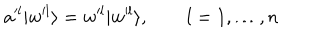
LaTeX: a ^ { l } | w ^ { l } \rangle = w ^ { l } | w ^ { l } \rangle , \qquad l = 1 , \ldots , n